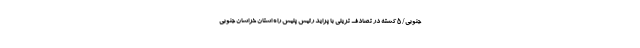
جنوبی/ ۵ کشته در تصادف تریلی با پراید رئیس پلیس راه استان خراسان جنوبی